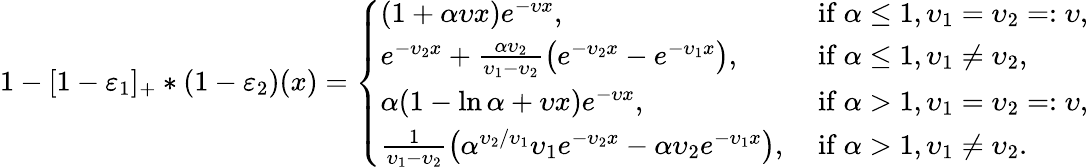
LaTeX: \begin{array}{r}{1-[1-\varepsilon_{1}]_{+}\ast(1-\varepsilon_{2})(x)=\left\{ \begin{array}{ll}{(1+\alpha\upsilon x)e^{-\upsilon x},}&{\mathrm{~if~}\alpha\le 1,\upsilon_{1}=\upsilon_{2}=:\upsilon,}\\ {e^{-\upsilon_{2}x}+\frac{\alpha\upsilon_{2}}{\upsilon_{1}-\upsilon_{2}}\bigl(e^{-\upsilon_{2}x}-e^{-\upsilon_{1}x}\bigr),}&{\mathrm{~if~}\alpha\le 1,\upsilon_{1}\neq\upsilon_{2},}\\ {\alpha(1-\ln\alpha+\upsilon x)e^{-\upsilon x},}&{\mathrm{~if~}\alpha>1,\upsilon_{1}=\upsilon_{2}=:\upsilon,}\\ {\frac{1}{\upsilon_{1}-\upsilon_{2}}\bigl(\alpha^{\upsilon_{2}/\upsilon_{1}}\upsilon_{1}e^{-\upsilon_{2}x}-\alpha\upsilon_{2}e^{-\upsilon_{1}x}\bigr),}&{\mathrm{~if~}\alpha>1,\upsilon_{1}\neq\upsilon_{2}.}\end{array}\right.}\end{array}